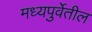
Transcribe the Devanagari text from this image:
मध्यपुर्वेतील